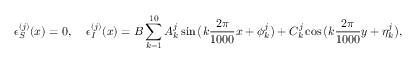
\epsilon _ { S } ^ { ( j ) } ( x ) = 0 , \; \; \; \; \epsilon _ { I } ^ { ( j ) } ( x ) = B \sum _ { k = 1 } ^ { 1 0 } A _ { k } ^ { j } \sin \big ( k \frac { 2 \pi } { 1 0 0 0 } x + \phi _ { k } ^ { j } \big ) + C _ { k } ^ { j } \cos \big ( k \frac { 2 \pi } { 1 0 0 0 } y + \eta _ { k } ^ { j } \big ) ,